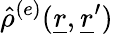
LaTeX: \hat{\rho}^{(e)}(\underline{{r}},\underline{{r}}^{\prime})